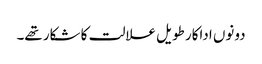
دونوں اداکار طویل علالت کا شکار تھے۔